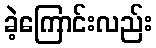
ခဲ့ကြောင်းလည်း